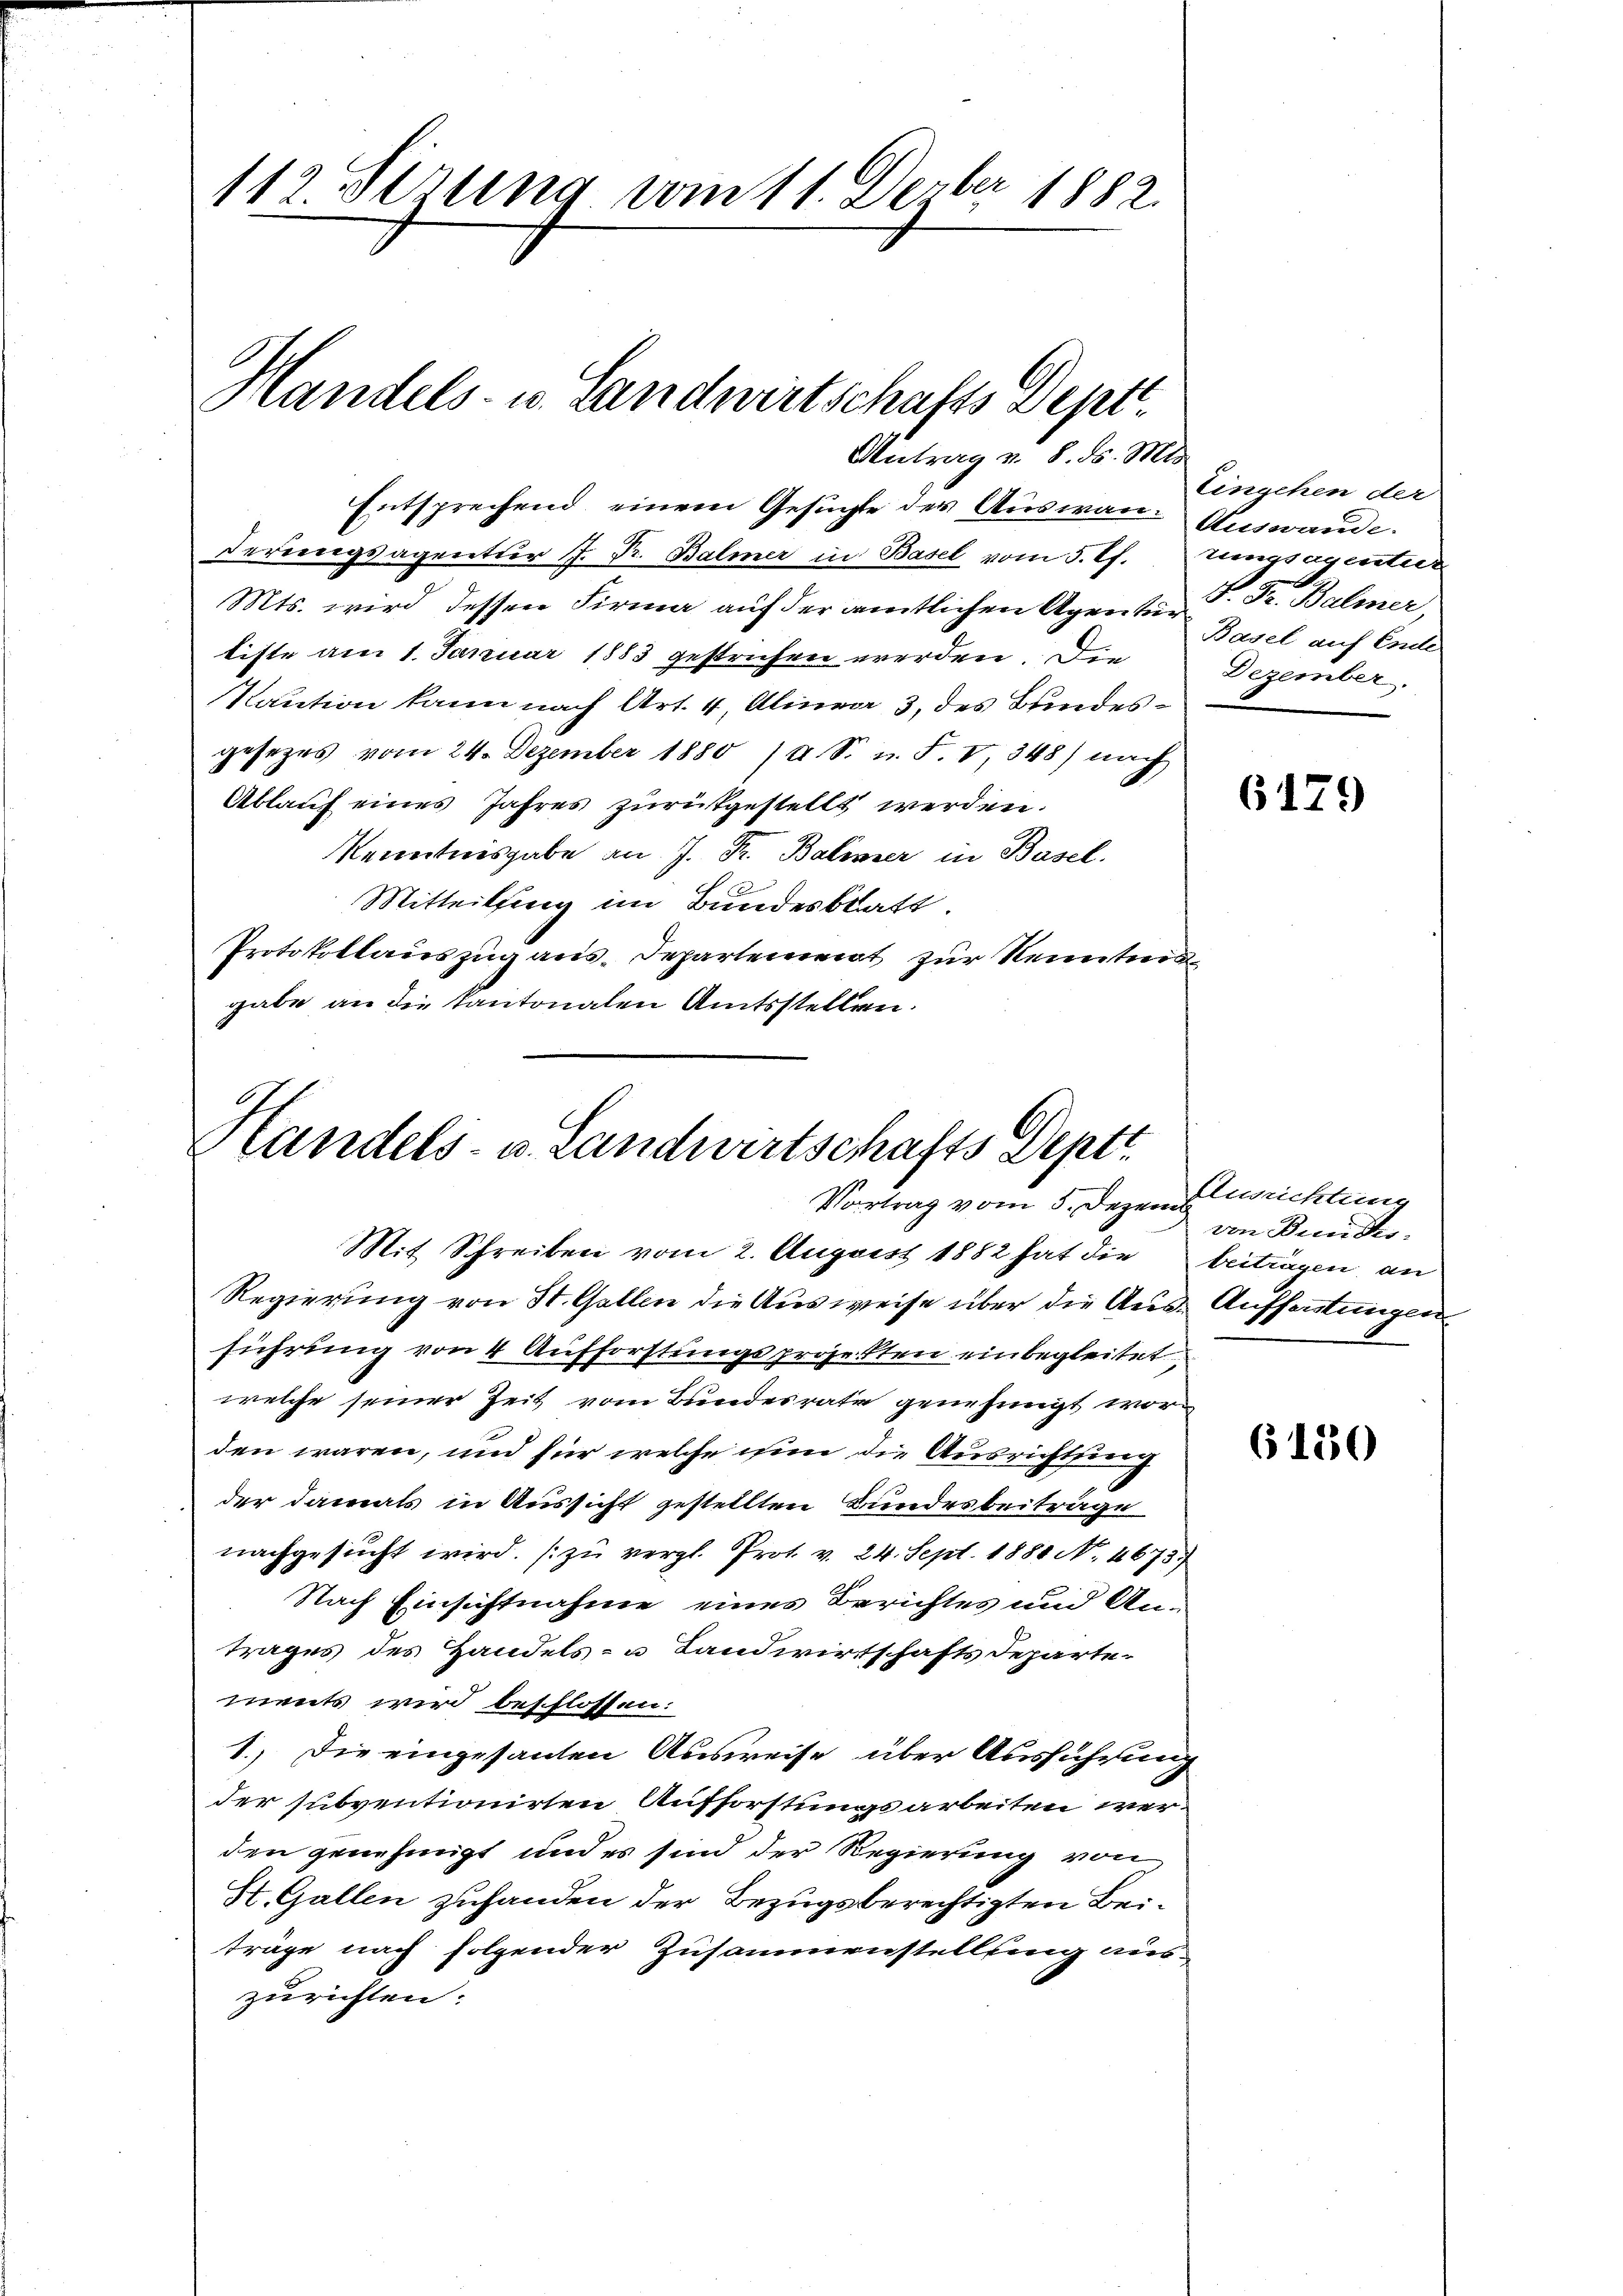
112. derung vom 11. Dezbr 1882.
Handels- u. Landwirtschafts Dept.

Antrag u. 8. ds. Mts.

Entsprechend, einem Gesuchte der Auswan. Auswande
Deriegsagretter 1. Fr. Balmer in Basel vom 5. Pf. Zungsagentier
Mts. wird dessen Firma auf der amtlichen Agenten . Dr. Balmer,
tiste am 1. Januar 1883 gestrichen werden. Die
Kaution kann nach Art. 4, Alinea 3 des Bundesgesezes vom 24. Dezember 1880 /A. S. u. F. V, 348) nach
Ablauf eines Jahres zurükgestellt werden.
Kenntnisgabe an J. Fr. Balinner in Basel.
Mitteilung im Bundesblatt.
Protokollauszug aus-Departement zur Kenntend
gabe an die Kantonalen Amtsstellen.

Handels- u. Landwirtschafts Deptt
Vortrag vom 5. Dezem

Eingehen der
Basel auf Ende
Dezember.

Mit Schreiben vom 2. August 1882 hat die beitragen, an
Regierung von St. Gallen die Ausweise über die Aus- Aufferstungen
führung von 4 Aufforstungsprojekten einbegleitet
welche seiner Zeit vom Bundesrate genehmigt worden wären, und für welche nun die Ausrichtung
der damals in Aussicht gestellten Bundesbeiträge
nachgesŭcht wird. zŭ vergl. Prot. v. 24. Sept. 1880 N. 4673.)
Nach Einsichtnahme eines Berichtes und Antrages des Handels- u Landwirtschafts Departe-
ments wird beschlossen:
1.) Die eingesanten Ausweise über Ausführung
der subventionirten Aufforstungsarbeiten werden genehmigt und es sind der Regierung von
Kt. Gallen zufanden der Bezugsberechtigten Beiträge nach folgender Zusammenstellung aus-
zurichten.

6179

Ausrichtung
von Bundes

6150